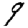
Digit: 9